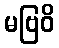
မဗြဝိ